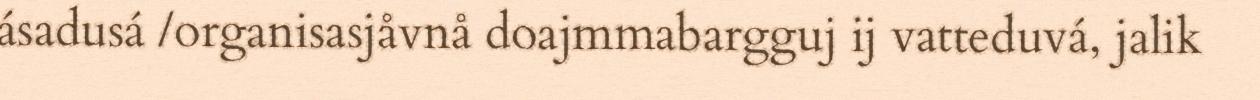
ásadusá /organisasjåvnå doajmmabargguj ij vatteduvá, jalik